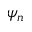
\psi _ { n }